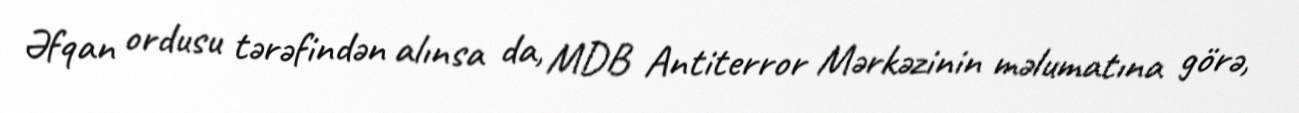
Əfqan ordusu tərəfindən alınsa da, MDB Antiterror Mərkəzinin məlumatına görə,